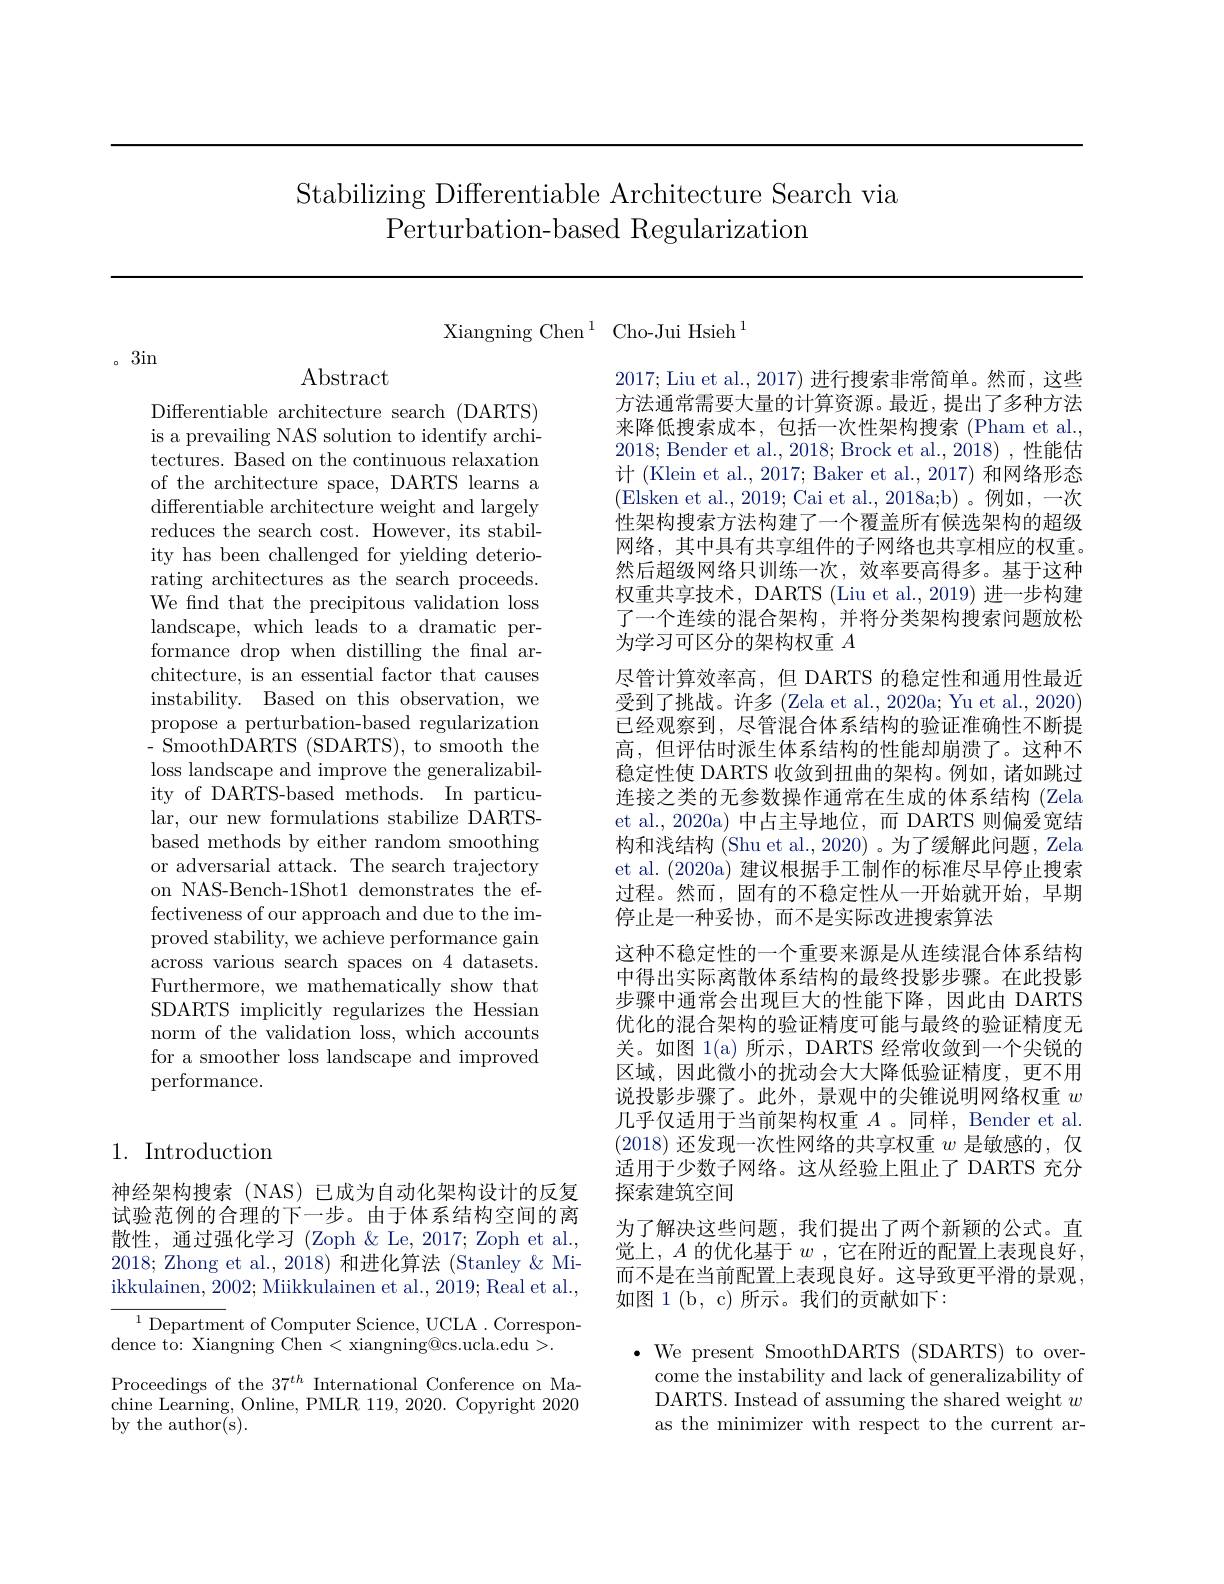
# Stabilizing Differentiable Architecture Search via Perturbation-based Regularization

Xiangning Chen$^1$Cho-Jui Hsieh$^1$

。3in

Abstract

Differentiable architecture search (DARTS) is a prevailing NAS solution to identify architectures. Based on the continuous relaxation of the architecture space, DARTS learns a differentiable architecture weight and largely reduces the search cost. However, its stability has been challenged for yielding deteriorating architectures as the search proceeds. We find that the precipitous validation loss landscape, which leads to a dramatic performance drop when distilling the final architecture, is an essential factor that causes instability. Based on this observation, we propose a perturbation-based regularization - SmoothDARTS ( SDARTS) , to smooth the loss landscape and improve the generalizability of DARTS-based methods. In particular, our new formulations stabilize DARTSbased methods by either random smoothing or adversarial attack. The search trajectory on NAS-Bench-1Shot1 demonstrates the effectiveness of our approach and due to the improved stability, we achieve performance gain across various search spaces on 4 datasets. Furthermore, we mathematically show that SDARTS implicitly regularizes the Hessian norm of the validation loss, which accounts for a smoother loss landscape and improved performance.

## 1. Introduction

神经架构搜索(NAS)已成为自动化架构设计的反复试验范例的合理的下一步。由于体系结构空间的离散性，通过强化学习 (Zoph &Le, 2017; Zoph et al., 2018; Zhong et al., 2018) 和进化算法 (Stanley & Miikkulainen, 2002; Miikkulainen et al., 2019; Real et al.,

${^{1}\text{Department of Computer Science, UCLA. Correspon-}}$
dence to: Xiangning Chen<xiangning@cs.ucla.edu>.
Proceedings of the $37^{th}$ International Conference on Machine Learning, Online, PMLR 119, 2020. Copyright 2020 by the author( $s) .$

2017; Liu et al., 2017) 进行搜索非常简单。然而，这些方法通常需要大量的计算资源。最近，提出了多种方法来降低搜索成本，包括一次性架构搜索 (Pham et al., 2018; Bender et al., 2018; Brock et al., 2018), 性能估计 (Klein et al., 2017; Baker et al., 2017) 和网络形态(Elsken et al., 2019; Cai et al., 2018a;b)。例如，一次性架构搜索方法构建了一个覆盖所有候选架构的超级网络，其中具有共享组件的子网络也共享相应的权重。然后超级网络只训练一次，效率要高得多。基于这种权重共享技术，DARTS (Liu et al., 2019) 进一步构建了一个连续的混合架构，并将分类架构搜索问题放松为学习可区分的架构权重$A$
尽管计算效率高，但 DARTS 的稳定性和通用性最近受到了挑战。许多 (Zela et al., 2020a; Yu et al., 2020) 已经观察到，尽管混合体系结构的验证准确性不断提高，但评估时派生体系结构的性能却崩溃了。这种不稳定性使 DARTS 收敛到扭曲的架构。例如，诸如跳过连接之类的无参数操作通常在生成的体系结构(Zela et al.,2020a) 中占主导地位，而 DARTS 则偏爱宽结构和浅结构 (Shu et al., 2020) 。为了缓解此问题，Zela et al. (2020a) 建议根据手工制作的标准尽早停止搜索过程。然而，固有的不稳定性从一开始就开始，早期停止是一种妥协，而不是实际改进搜索算法
这种不稳定性的一个重要来源是从连续混合体系结构中得出实际离散体系结构的最终投影步骤。在此投影步骤中通常会出现巨大的性能下降，因此由 DARTS 优化的混合架构的验证精度可能与最终的验证精度无关。如图 1(a) 所示，DARTS 经常收敛到一个尖锐的区域，因此微小的扰动会大大降低验证精度，更不用说投影步骤了。此外，景观中的尖锥说明网络权重$w$ 几乎仅适用于当前架构权重$A$ 。同样，Bender et al. (2018)还发现一次性网络的共享权重$w$是敏感的，仅适用于少数子网络。这从经验上阻止了 DARTS 充分探索建筑空间
为了解决这些问题，我们提出了两个新颖的公式。直觉上，$A$ 的优化基于$w$,它在附近的配置上表现良好， 而不是在当前配置上表现良好。这导致更平滑的景观， 如图 1(b, c) 所示。我们的贡献如下：
$\bullet$ We present SmoothDARTS (SDARTS) to over-
come the instability and lack of generalizability of

DARTS. Instead of assuming the shared weight $w$ as the minimizer with respect to the current ar-